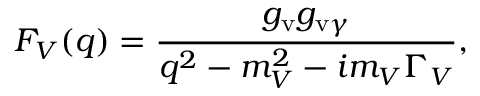
F _ { V } ( q ) = { \frac { g _ { \mathrm { v } } g _ { \mathrm { v } \gamma } } { q ^ { 2 } - m _ { V } ^ { 2 } - i m _ { V } \Gamma _ { V } } } ,